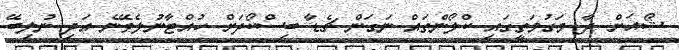
ޝޯއަށް ދާ މަގުމަތީގައި ކްލޯންތައް ނަގަން ޗެޑާ ބިސްކޯދަށް ހުއްޓާނުލެވޭނެ އަދި ނުލިބޭ